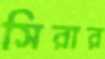
সিরার